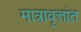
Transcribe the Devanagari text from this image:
मात्रावृत्तांत